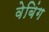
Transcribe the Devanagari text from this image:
वेबिंग